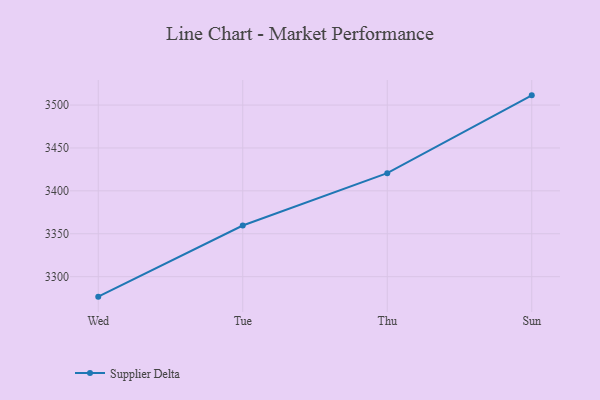
{"axis": {"x": "Day", "y": "Active Users"}, "legend": ["Supplier Delta"], "data": [{"x": "Wed", "y": 3276.7, "type": "Supplier Delta"}, {"x": "Tue", "y": 3359.6, "type": "Supplier Delta"}, {"x": "Thu", "y": 3420.6, "type": "Supplier Delta"}, {"x": "Sun", "y": 3511.3, "type": "Supplier Delta"}]}